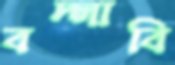
বদ্‌লাবি